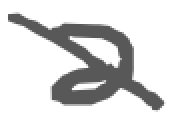
Text: a
Cross-out: diagonal
Writing tool: digital_gray